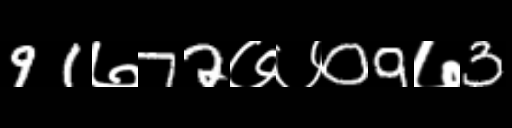
Text: 91७72७७09७3